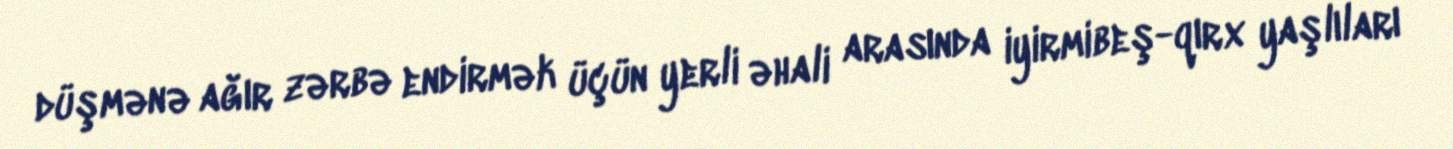
düşmənə ağır zərbə endirmək üçün yerli əhali arasında iyirmibeş-qırx yaşlıları